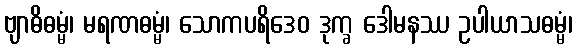
ဗျာဓိဓမ္မံ၊ မရဏဓမ္မံ၊ သောကပရိဒေဝ ဒုက္ခ ဒေါမနဿ ဥပါယာသဓမ္မံ၊